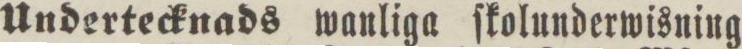
Undertecknads wanliga ſkolunderwisning